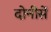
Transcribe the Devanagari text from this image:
दोनीसें